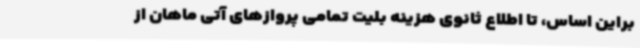
براین اساس، تا اطلاع ثانوی هزینه بلیت تمامی پروازهای آتی ماهان از